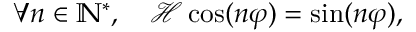
\forall n \in \mathbb { N } ^ { * } , \quad \mathcal { H } \cos ( n \varphi ) = \sin ( n \varphi ) ,